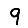
Digit: 9